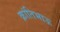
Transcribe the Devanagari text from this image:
क्रांतिभाऊ